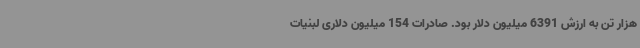
هزار تن به ارزش 6391 میلیون دلار بود. صادرات 154 میلیون دلاری لبنیات